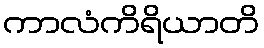
ကာလံကိရိယာတိ